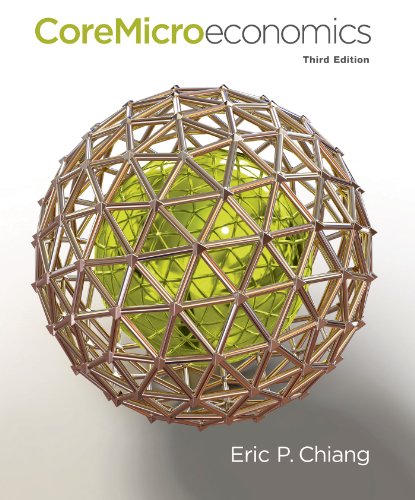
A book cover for CoreMicroeconomics; Eric Chiang; Business & Money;